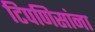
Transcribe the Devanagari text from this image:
टिपणिसांना